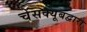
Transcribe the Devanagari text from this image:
चेसक्यूबद्वारा